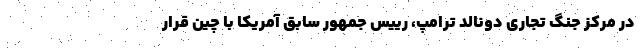
در مرکز جنگ تجاری دونالد ترامپ، رییس جمهور سابق آمریکا با چین قرار